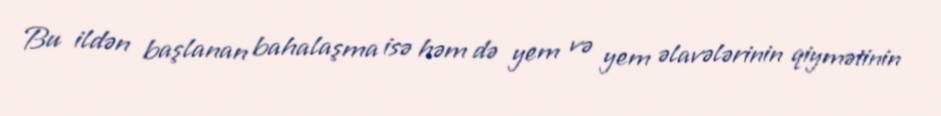
Bu ildən başlanan bahalaşma isə həm də yem və yem əlavələrinin qiymətinin